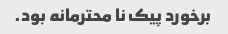
برخورد پیک نا محترمانه بود.